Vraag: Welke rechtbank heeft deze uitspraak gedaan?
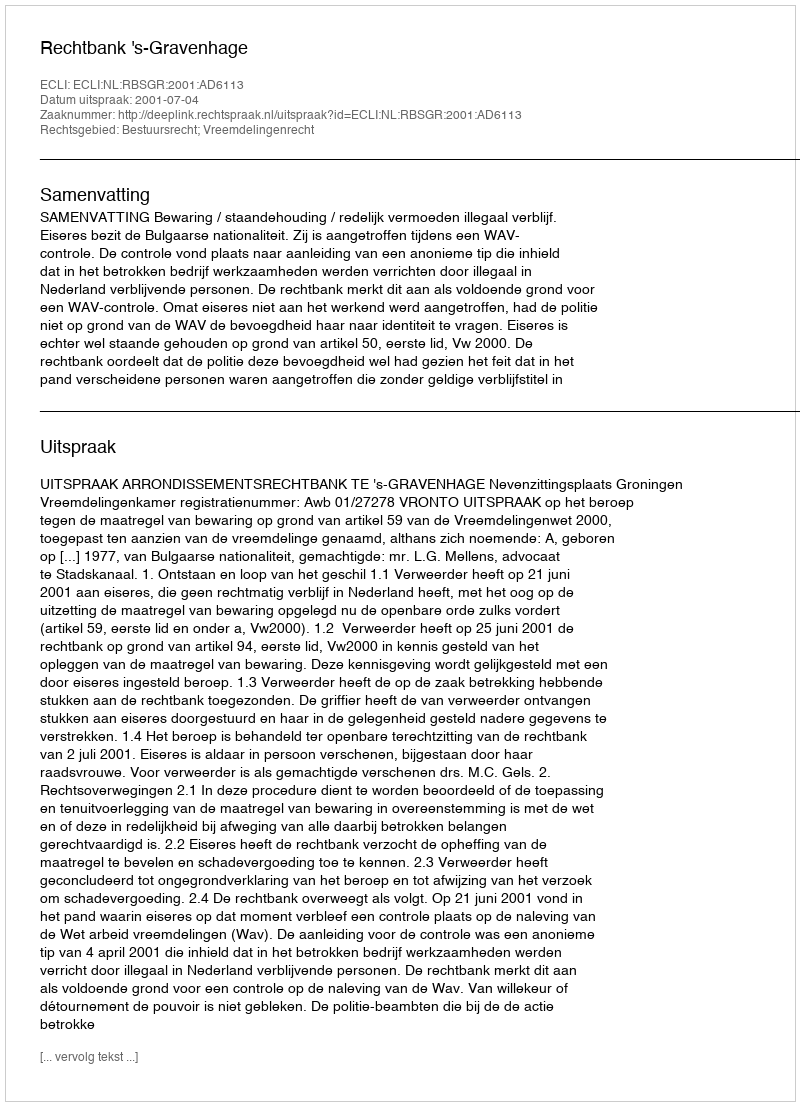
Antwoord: Rechtbank 's-Gravenhage